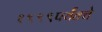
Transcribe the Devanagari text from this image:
१९९९पर्यंतचे